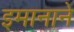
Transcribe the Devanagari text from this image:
इमानाने